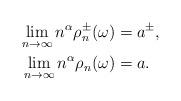
LaTeX: \begin{align*}\lim_{n\to\infty}n^\alpha\rho_n^\pm(\omega)&= { a}^{\pm},\\\lim_{n\to\infty}n^\alpha\rho_n(\omega)&= a.\end{align*}